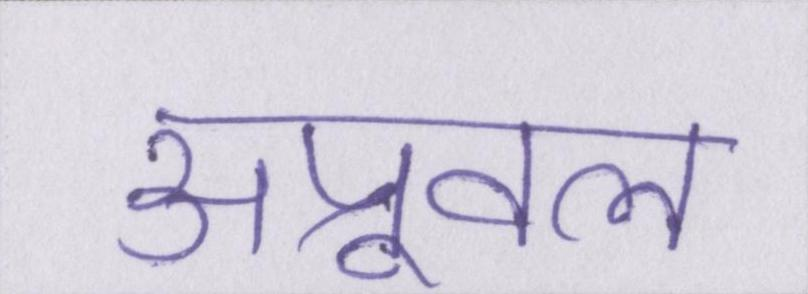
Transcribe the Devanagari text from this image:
अप्रूवल